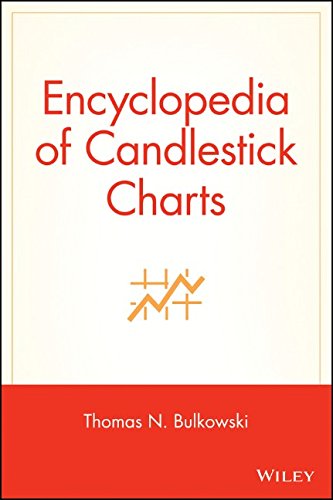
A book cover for Encyclopedia of Candlestick Charts; Thomas N. Bulkowski; Business & Money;